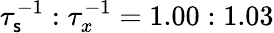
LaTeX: \tau_{\mathsf{s}}^{-1}:\tau_{x}^{-1}=1.00:1.03